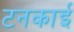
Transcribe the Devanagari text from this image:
टनकाई